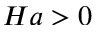
H a > 0